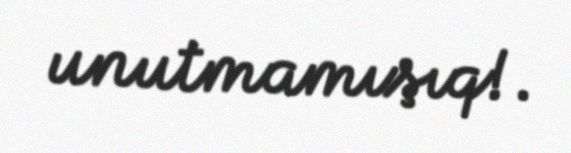
unutmamışıq!.